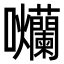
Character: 𭍗